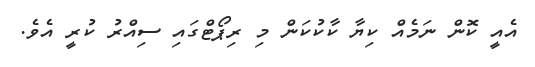
އެއީ ކޮން ނަމެއް ކިޔާ ކާކުކަން މި ރިޕޯޓްގައި ސިއްރު ކުރީ އެވެ.